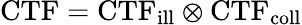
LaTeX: \textrm{CTF}=\textrm{CTF}_{\textrm{ill}}\otimes\textrm{CTF}_{\textrm{coll}}